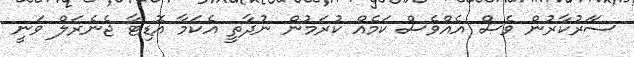
ސަަރުކާރުން ވެސް އެއްވެސް ކަމެއް ކުރަމުން ނުދާތީ އެކަމާ އޮޑިޓާ ޖެނެރަލް ވަނީ